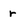
Character: r